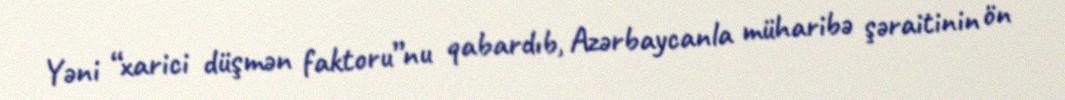
Yəni “xarici düşmən faktoru”nu qabardıb, Azərbaycanla müharibə şəraitinin ön